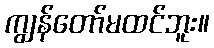
ကျွန်တော်မထင်ဘူး။